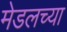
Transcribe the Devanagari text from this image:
मेडलच्या